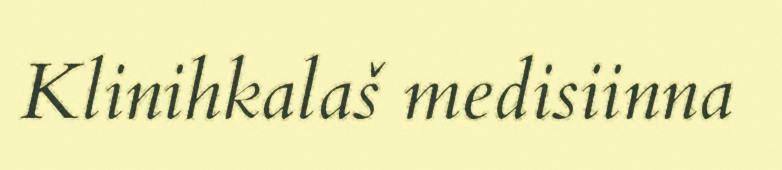
Klinihkalaš medisiinna